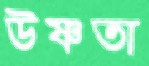
উষ্ণতা